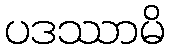
ပဒဿာမိ